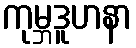
ကုမ္ဘဒူဟနာ